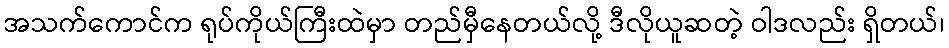
အသက်ကောင်က ရုပ်ကိုယ်ကြီးထဲမှာ တည်မှီနေတယ်လို့ ဒီလိုယူဆတဲ့ ဝါဒလည်း ရှိတယ်၊